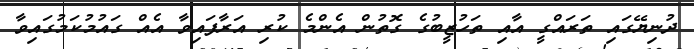
ދުނިޔޭގައި ތަރައްގީ އާއި ތަހުޒީބުގެ ގޮތުން އެންމެ ކުރި އަރާފައިވާ އެއް ގައުމުކަމުގައިވާ